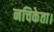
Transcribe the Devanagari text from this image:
नचिकेता।